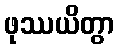
ဖုဿယိတွာ